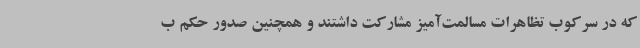
که در سرکوب تظاهرات مسالمت‌آمیز مشارکت داشتند و همچنین صدور حکم ب